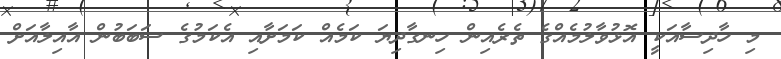
މި ހާދިސާއަކީ އޮޅުވާލުމެއްގެ ތެރެއިން ހިނގާދިޔަ ކަމެއް ކަމަށާއި އެކަމުގެ ސަބަބުން އާއިލާއަށް